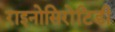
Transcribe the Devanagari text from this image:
राइनोसिरोटिडी